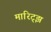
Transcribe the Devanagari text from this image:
मारिट्झ